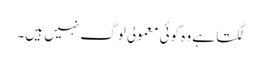
لگتا ہے وہ کوئی معمولی لوگ نہیں ہیں۔